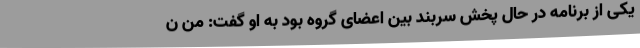
یکی از برنامه در حال پخش سربند بین اعضای گروه بود به او گفت: من ن